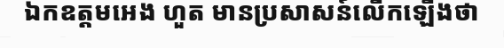
ឯកឧត្តមអេង ហួត មានប្រសាសន៍លើកឡើងថា